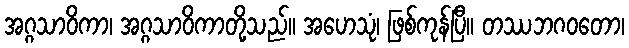
အဂ္ဂသာဝိကာ၊ အဂ္ဂသာဝိကာတို့သည်။ အဟေသုံ၊ ဖြစ်ကုန်ပြီ။ တဿဘဂဝတော၊